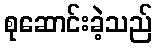
စုဆောင်းခဲ့သည်